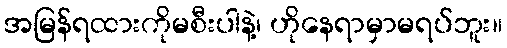
အမြန်ရထားကိုမစီးပါနဲ့၊ ဟိုနေရာမှာမရပ်ဘူး။